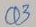
Text: Q3